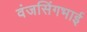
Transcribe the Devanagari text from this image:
वंजसिंगभाई